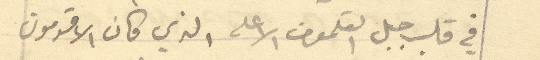
في قلب جبل القلمون الاعلى الذي كان الاقدمون